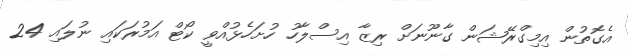
އެގޮތުން އިމިގްރޭޝަން ގާނޫނަށް ރިޒާ އިސްލާހު ހުށަހެޅުއްވީ ކޯޓް އަމުރަކައި ނުލައި 24